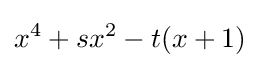
x^{4}+sx^{2}-t(x+1)